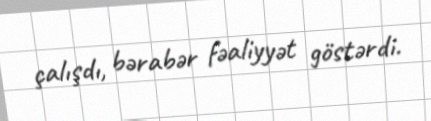
çalışdı, bərabər fəaliyyət göstərdi.